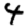
Digit: 4